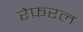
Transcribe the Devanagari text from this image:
रेफ़रल